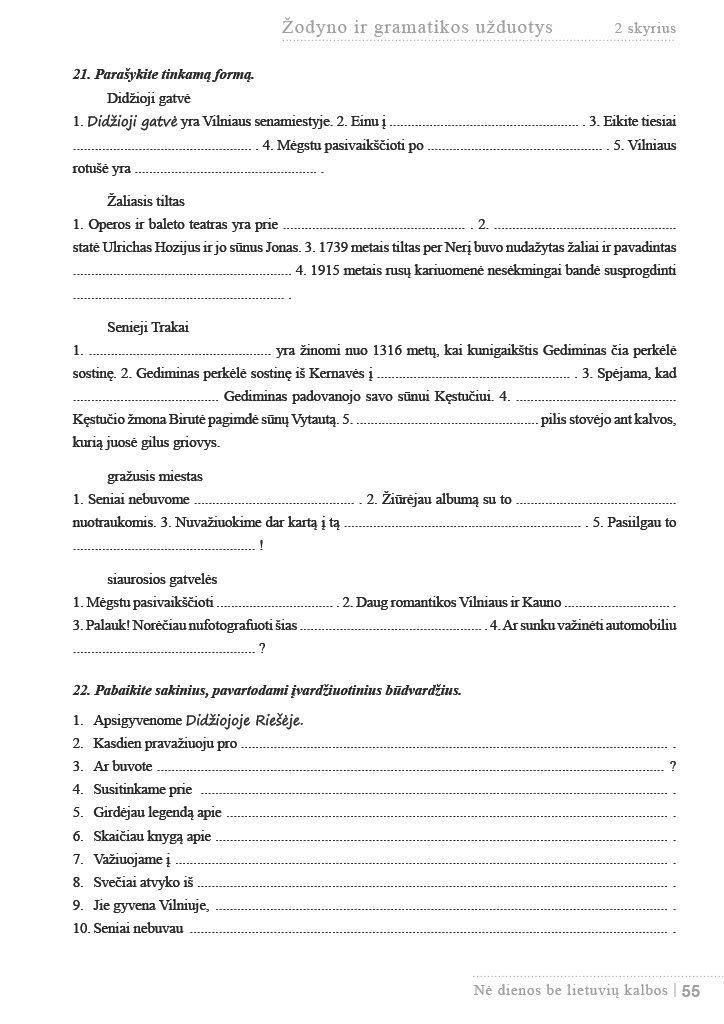
Language: lt